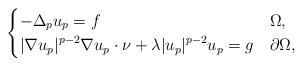
LaTeX: \begin{align*}\begin{cases}\displaystyle -\Delta_p u_p = f & \Omega,\\\displaystyle |\nabla u_p|^{p-2}\nabla u_p\cdot \nu +\lambda |u_p|^{p-2}u_p = g& \partial\Omega,\end{cases}\end{align*}